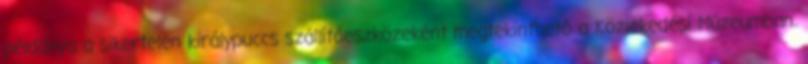
példánya a sikertelen királypuccs szállítóeszközeként megtekinthető a Közlekedési Múzeumban.